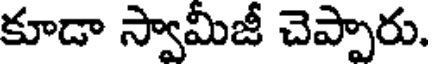
కూడా స్వామీజీ చెప్పారు.